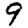
Digit: 9